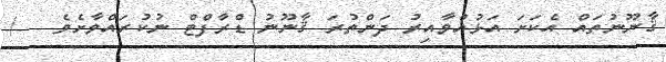
ޤާނޫނުތައް އެކަށަ އަޅުއްވާއިރު ދަންތުރަ ޤާނޫނު ޑްރާފްޓް ނުކުރައްވާށެވެ   /